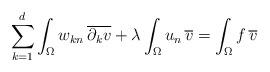
LaTeX: \begin{align*}\sum_{k=1}^d \int_\Omega w_{kn} \, \overline{\partial_k v} + \lambda \int_\Omega u_n \, \overline v= \int_\Omega f \, \overline v\end{align*}